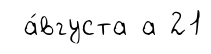
а́вгуста а 21